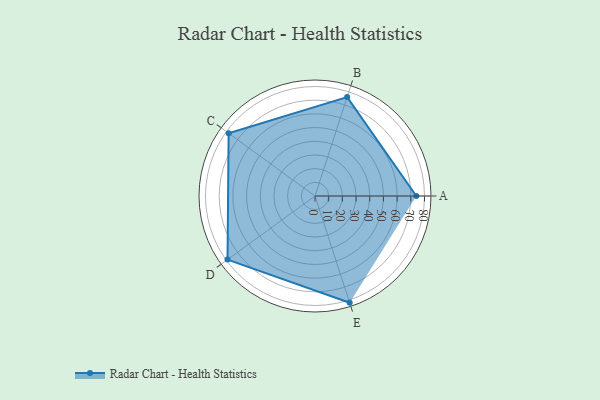
{"axis": {"x": "Skill", "y": "Score"}, "legend": ["Profile"], "data": [{"x": "A", "y": 74.0, "type": "Profile"}, {"x": "B", "y": 76.0, "type": "Profile"}, {"x": "C", "y": 78.0, "type": "Profile"}, {"x": "D", "y": 79.0, "type": "Profile"}, {"x": "E", "y": 82.0, "type": "Profile"}]}